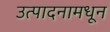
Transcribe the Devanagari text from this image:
उत्पादनामधून